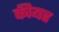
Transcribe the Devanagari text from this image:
कीयह